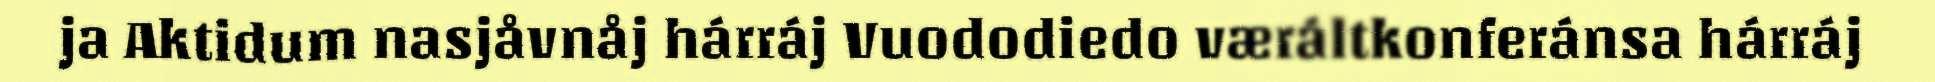
ja Aktidum nasjåvnåj hárráj Vuododiedo væráltkonferánsa hárráj